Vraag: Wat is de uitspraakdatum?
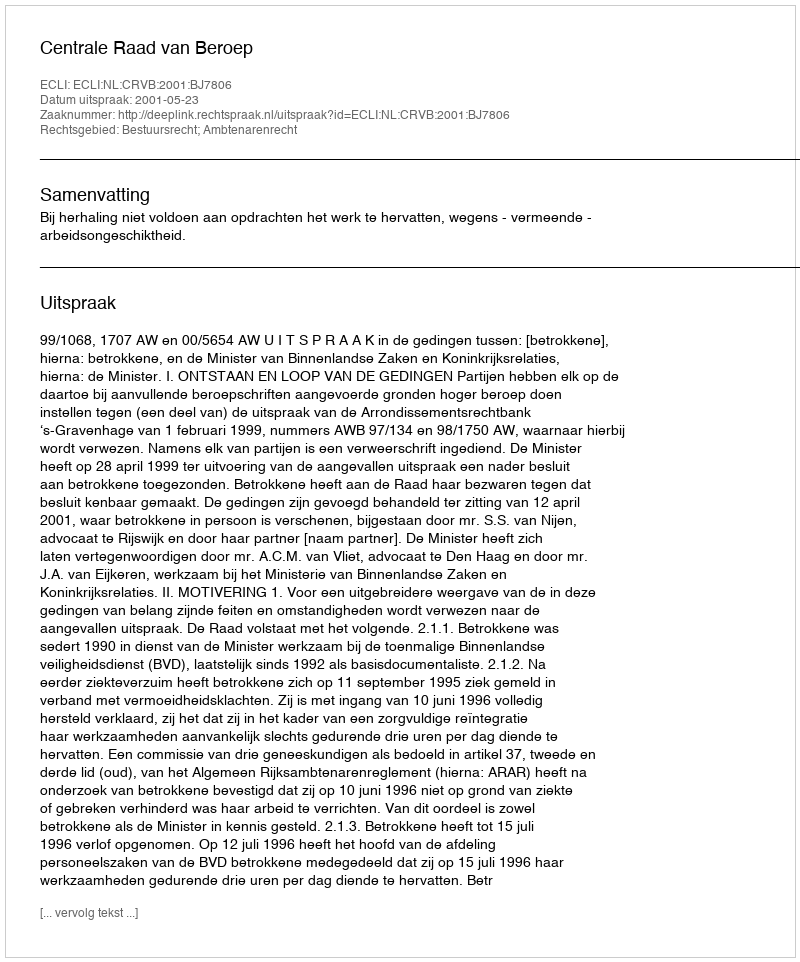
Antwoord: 2001-05-23